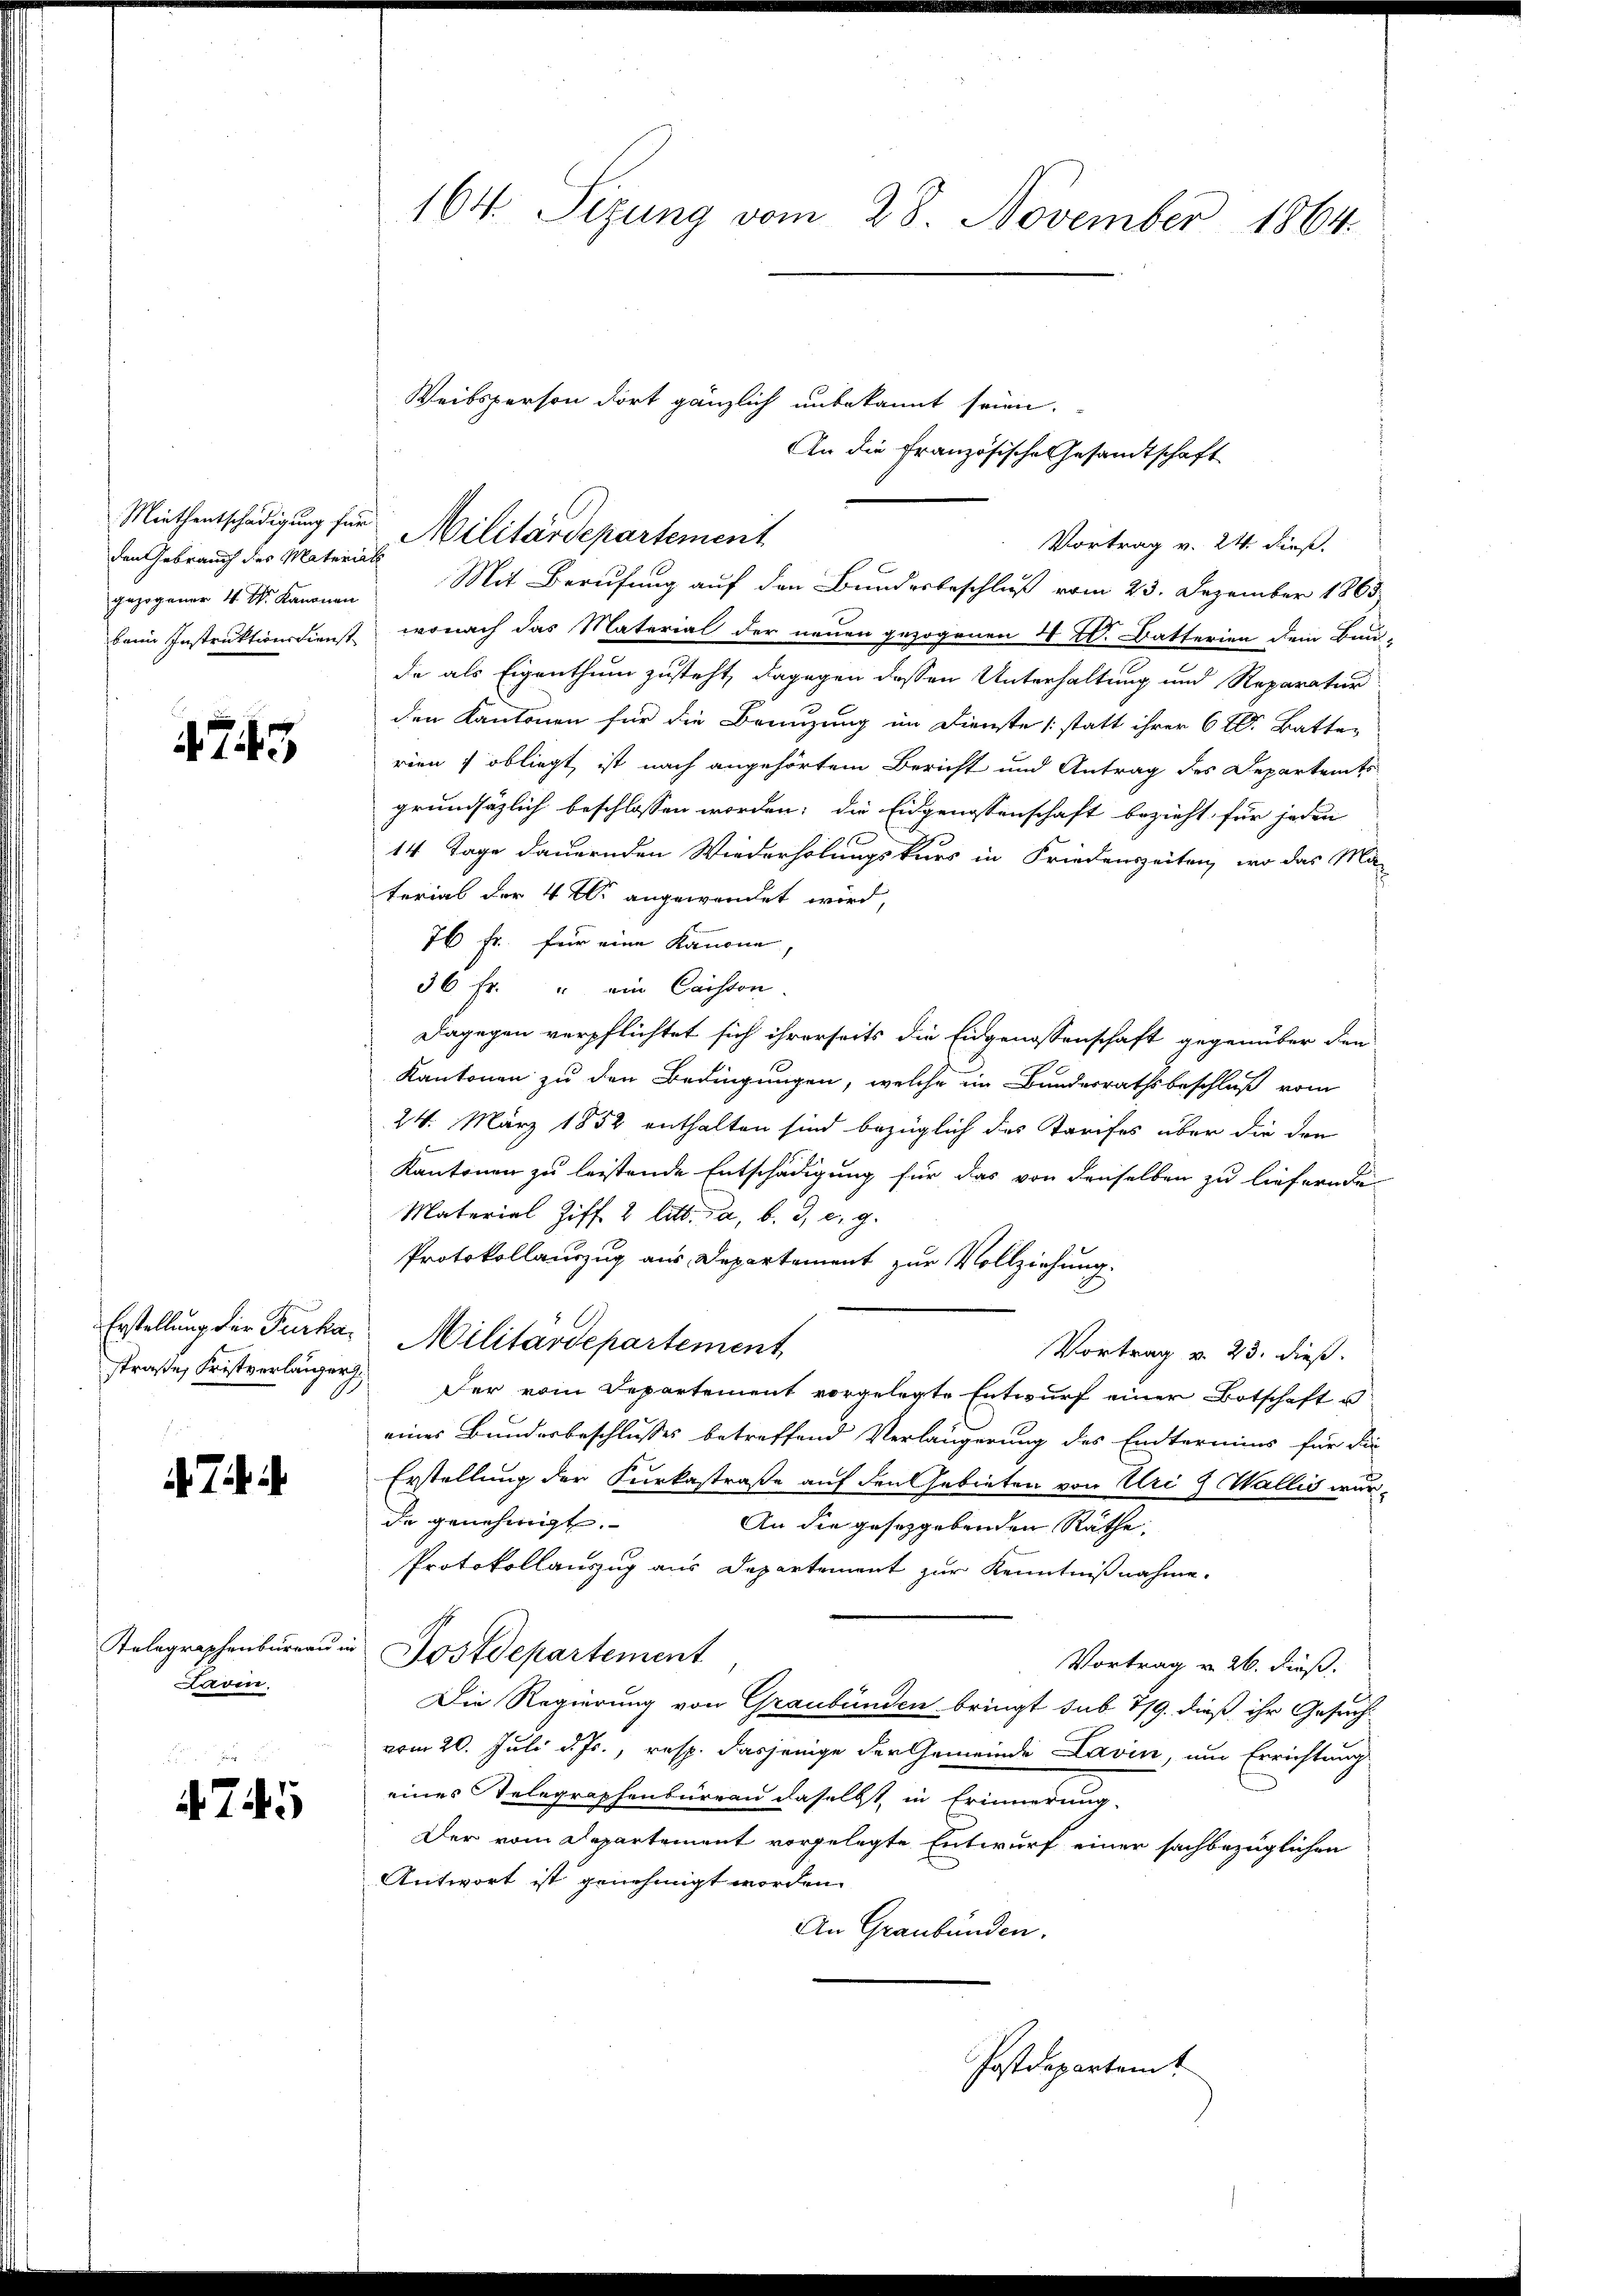
den Gebrauch des Materials
gezogener 4 t. Kanonen

4745

Erstellung der Furkastraße, Fristverlänger

Telegraphenburgau.
Lavin

F
475

164. Sizung vom 28. November 1864.

Weibsperson dort gänzlich unbekannt seien.
Mit Berufung auf den Bundesbeschluß vom 23. Dezember 1863.
beim Instruktionsdienst, wonach das Material der neuen gezogenen 4 W. Batterien dem Bau-
de als Eigenthum zusteht, dagegen dessen Unterhaltung und Reparatur
den Kantonen für die Brenzung im Dienste (statt ihrer 6 l. Batten
rien 7 obliegt, ist nach angehörtem Bericht und Antrag des Departents
grundsätzlich beschlossen worden; die Eidgenossenschaft bezieht für jeden
14 Tage dauernden Wiederholungskurs in Friedenszeiten, wo das Ma-
terial der 4 Xr angewendet wird,
76 Fr. für eine Kanone,
36 f. " ein Caiston.
Dagegen verpflichtet sich ihrerseits die Eidgenossenschaft gegenüber den
Kantonen zu den Bedingungen, welche im Bundesrathsbeschluß vom
24. März 1852 enthalten sind bezüglich des Tarifes über die den
Kantonen zu leistende Entschädigung für das von denselben zu liefernde
Material Ziff. 2 litt. Ja, b. 3, c. g.
Protokollauszug aus Departement zur Vollziehung.
d
Militärdepartement
Vortrag v. 23. dieß.
 Der vom Departement vorgelegte Entwurf einer Botschaft u
eines Bundesbeschlusses betreffend Verlängerung des Endtermins für die
Erstellung der Kurkastraße auf den Gebieten von Uri 9 Wallis wurde genehmigt.
An die gesetzgebenden Räthe:
Protokollauszug aus Departement zur Kenntnißnahme.
Postdepartement
Vortrag v. 26. dieß.
Die Regierung von Graubünden bringt sub 7/9. dieß ihr Gesuchvom 20. Juli d. Js., resp. dasjenige der Gemeinde Lavin, um Errichtung
eines Telegraphenbüreau dasselbst, in Erinnerung.
Der vom Departement vorgelegte Entwurf einer sachbezüglichen
Antwort ist genehmigt worden.
An Graubünden.
Postdepartem

Miethentschädigung für Militärdepartement

An die französische Gesandtschaft
Vortrag v. 24. dieß.